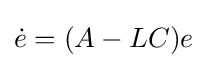
{\dot {e}}=(A-LC)e